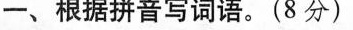
一、根据拼音写词语。（8分）